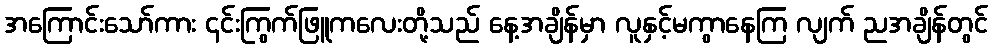
အကြောင်းသော်ကား ၎င်းကြွက်ဖြူကလေးတို့သည် နေ့အချိန်မှာ လူနှင့်မကွာနေကြ လျက် ညအချိန်တွင်